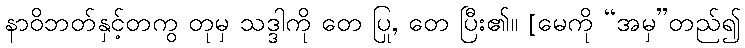
နာဝိဘတ်နှင့်တကွ တုမှ သဒ္ဒါကို တေ ပြု, တေ ပြီး၏။ [မေကို “အမှ”တည်၍